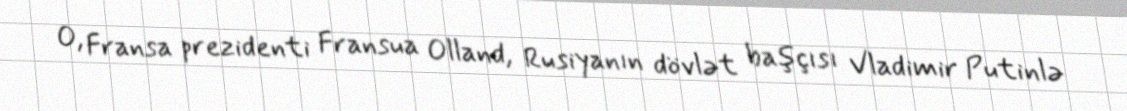
O, Fransa prezidenti Fransua Olland, Rusiyanın dövlət başçısı Vladimir Putinlə